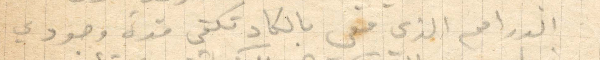
الدراهم الذي معي بالكاد تكفي مدة وجودي